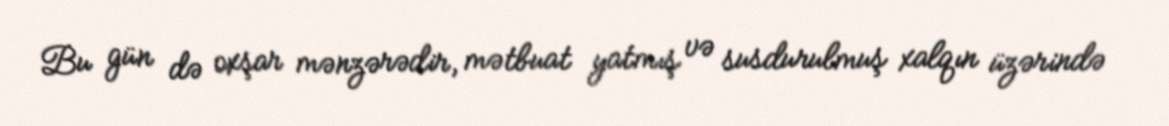
Bu gün də oxşar mənzərədir, mətbuat yatmış və susdurulmuş xalqın üzərində